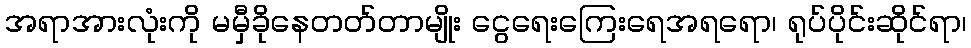
အရာအားလုံးကို မမှီခိုနေတတ်တာမျိုး ငွေရေးကြေးရေအရရော၊ ရုပ်ပိုင်းဆိုင်ရာ၊